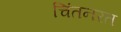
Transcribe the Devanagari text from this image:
चिंतनरत